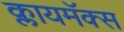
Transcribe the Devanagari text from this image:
क्लायमॅक्स